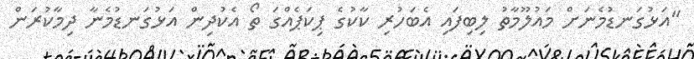
"އަޅުގަނޑުމެނަށް މައުލޫމާތު ލިބިފައި އެބަހުރި ކާކުގެ ޕިކަޕެއްގަ ތޯ އެކުދިން އަޅުގަނޑުމެނާ ދިމާކުރަން